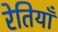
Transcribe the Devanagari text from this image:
रेतियाँ